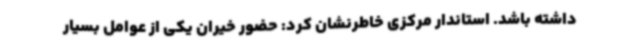
داشته باشد. استاندار مرکزی خاطرنشان کرد: حضور خیران یکی از عوامل بسیار